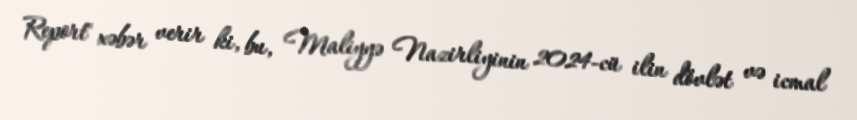
Report" xəbər verir ki, bu, Maliyyə Nazirliyinin 2024-cü ilin dövlət və icmal